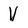
Character: V